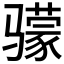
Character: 𬴌